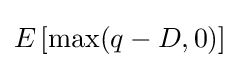
E\left[\max(q-D,0)\right]